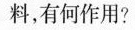
料，有何作用?